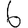
Digit: 6